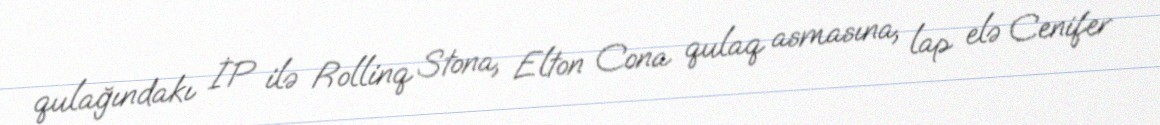
qulağındakı İP ilə Rollinq Stona, Elton Cona qulaq asmasına, lap elə Cenifer